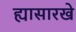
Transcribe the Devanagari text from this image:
ह्यासारखे